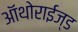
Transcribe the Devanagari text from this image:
ऑथोराईज्ड